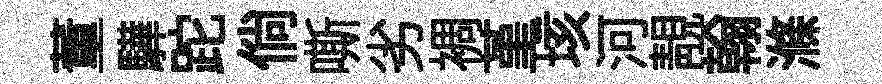
董驊跎倘嘶劣裯堇垓河靚翰滌